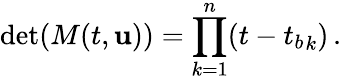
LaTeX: \operatorname*{det}(M(t,{\mathbf{u}}))=\prod_{k=1}^{n}(t-{t_{b}}_{k})\, .